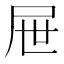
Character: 屉